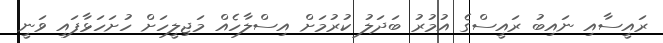
ރައީސާއި ނައިބު ރައީސްގެ އުމުރު ބަދަލު ކުރުމަށް އިސްލާހެއް މަޖިލީހަށް ހުށަހަޅާފައި ވަނީ